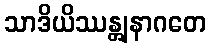
သာဒိယိဿန္တျနာဂတေ